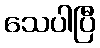
သေပါပြီ